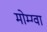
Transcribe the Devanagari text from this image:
मोम्ग्वा